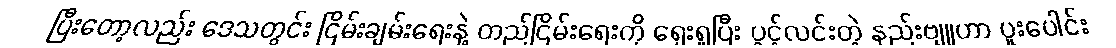
ပြီးတော့လည်း ဒေသတွင်း ငြိမ်းချမ်းရေးနဲ့ တည်ငြိမ်းရေးကို ရှေးရှုပြီး ပွင့်လင်းတဲ့ နည်းဗျူဟာ ပူးပေါင်း